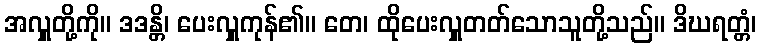
အလှူတို့ကို။ ဒဒန္တိ၊ ပေးလှူကုန်၏။ တေ၊ ထိုပေးလှူတတ်သောသူတို့သည်။ ဒိဃရတ္တံ၊